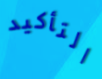
التأكيد